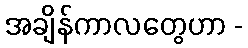
အချိန်ကာလတွေဟာ -